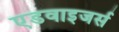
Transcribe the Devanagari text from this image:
एडवाइजर्स